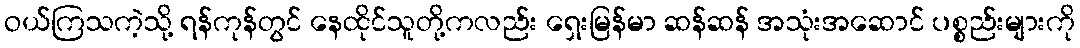
ဝယ်ကြသကဲ့သို့ ရန်ကုန်တွင် နေထိုင်သူတို့ကလည်း ရှေးမြန်မာ ဆန်ဆန် အသုံးအဆောင် ပစ္စည်းများကို